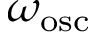
\omega _ { \mathrm { o s c } }